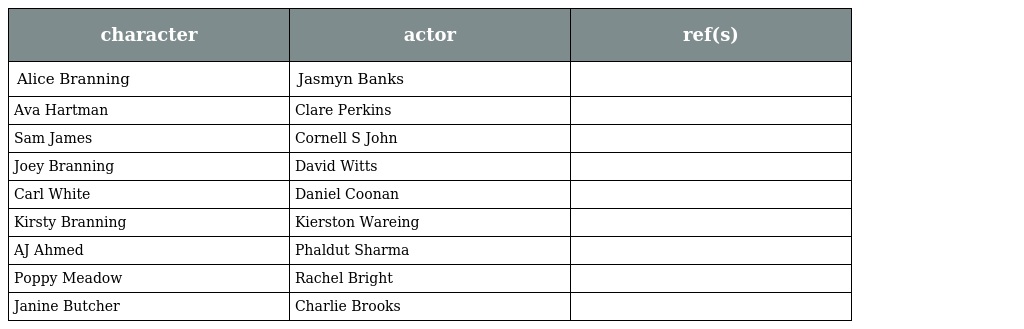
| character | actor | ref(s) |
 | --- | --- | --- |
 | Alice Branning | Jasmyn Banks |  |
 | Ava Hartman | Clare Perkins |  |
 | Sam James | Cornell S John |  |
 | Joey Branning | David Witts |  |
 | Carl White | Daniel Coonan |  |
 | Kirsty Branning | Kierston Wareing |  |
 | AJ Ahmed | Phaldut Sharma |  |
 | Poppy Meadow | Rachel Bright |  |
 | Janine Butcher | Charlie Brooks |  |